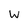
Character: W